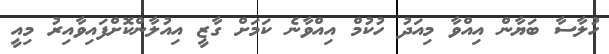
ހުލާސާ ބަޔާން އިއްވާ މިއަދު ހުކުމް އިއްވާނެ ކަމަށް ގާޒީ އިއުލާންކޮށްފައިވާއިރު މިއީ